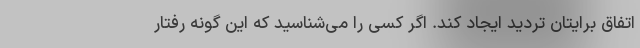
اتفاق برایتان تردید ایجاد کند. اگر کسی را می‌شناسید که این گونه رفتار